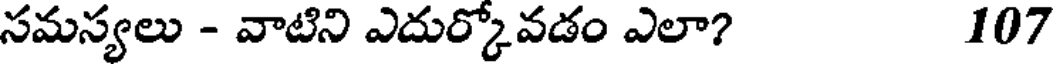
సమస్యలు - వాటిని ఎదుర్కోవడం ఎలా? 107